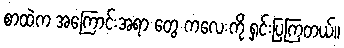
စာထဲက အကြောင်းအရာ တွေ ကလေးကို ရှင်းပြကြတယ်။